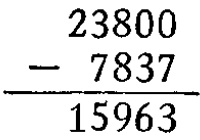
\[
\begin{array}{r}
23800 \\
- 7837 \\
\hline
15963
\end{array}
\]